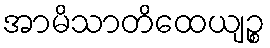
အာမိသာတိထေယျဉ္စ